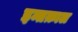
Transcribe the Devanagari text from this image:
इन्तक़ाल